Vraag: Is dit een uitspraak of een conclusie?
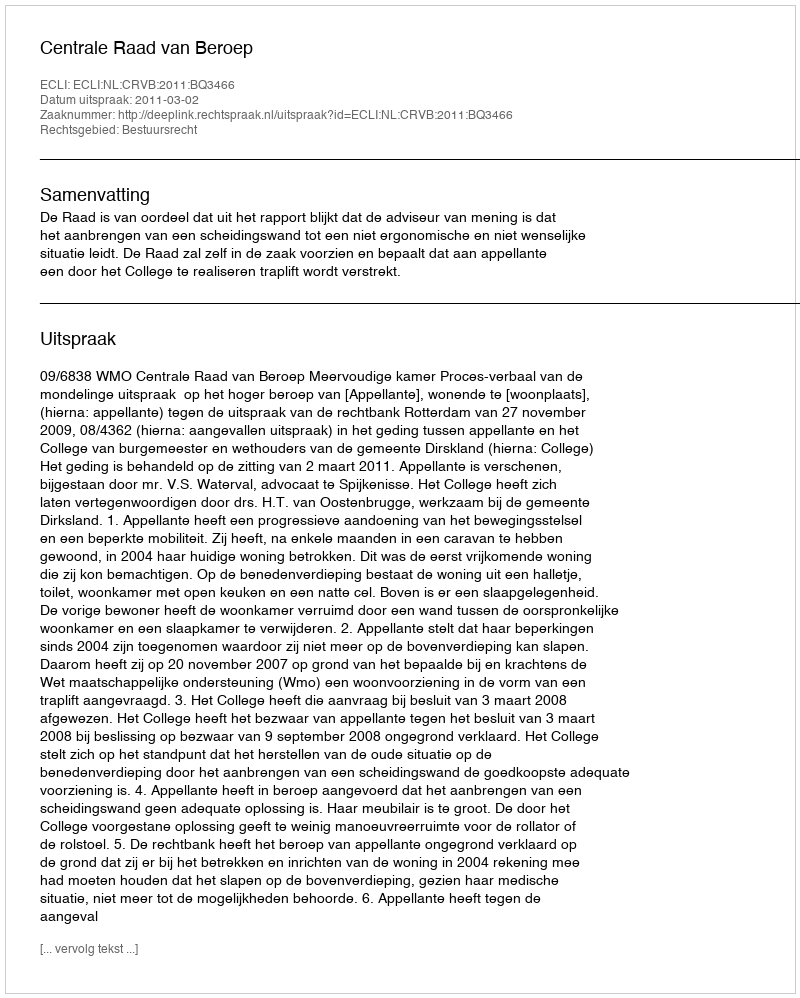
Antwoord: Uitspraak